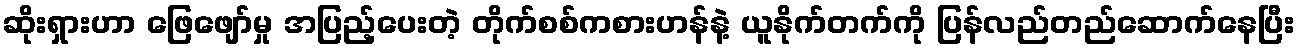
ဆိုးရှားဟာ ဖြေဖျော်မှု အပြည့်ပေးတဲ့ တိုက်စစ်ကစားဟန်နဲ့ ယူနိုက်တက်ကို ပြန်လည်တည်ဆောက်နေပြီး